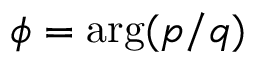
\phi = \arg ( p / q )